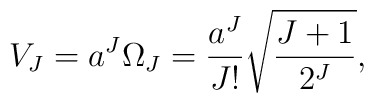
V_J = a^J \Omega_J = {a^J\over J!}\sqrt{{J + 1} \over 2^J},